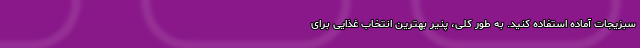
سبزیجات آماده استفاده کنید. به طور کلی، پنیر بهترین انتخاب غذایی برای